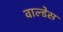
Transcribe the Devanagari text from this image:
वाल्डेस